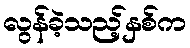
လွန်ခဲ့သည့်နှစ်က